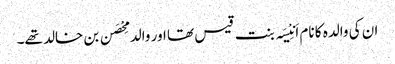
ان کی والدہ کا نام اَنِیْسَہ بنت قیس تھا اور والد مِحْصَن بن خالد تھے۔